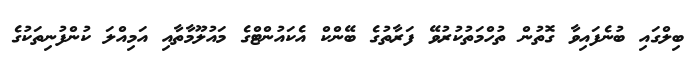
ބިލްގައި ބުނެފައިވާ ގޮތުން ތުހްމަތުކުރުވޭ ފަރާތުގެ ބޭންކް އެކައުންޓްގެ މައުލޫމާތާއި އަމިއްލަ ކުންފުނިތަކުގެ